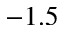
- 1 . 5